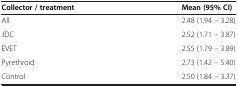
<table><thead><tr><td><b>Collector / treatment</b></td><td><b>Mean (95% CI)</b></td></tr></thead><tbody><tr><td>All</td><td>2.48 (1.94 – 3.28)</td></tr><tr><td>JDC</td><td>2.52 (1.71 – 3.87)</td></tr><tr><td>EVET</td><td>2.55 (1.79 – 3.89)</td></tr><tr><td>Pyrethroid</td><td>2.73 (1.42 – 5.40)</td></tr><tr><td>Control</td><td>2.50 (1.84 – 3.37)</td></tr></tbody></table>